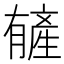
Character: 𬂑